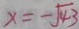
x = - \sqrt { 4 3 }